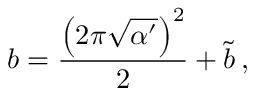
b = \frac { \left( 2 \pi \sqrt { \alpha ^ { \prime } } \right) ^ { 2 } } { 2 } + \tilde { b } \, ,